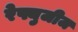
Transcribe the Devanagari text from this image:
रेफ्युजीज